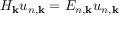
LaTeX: H _ { \mathbf { k } } u _ { n , \mathbf { k } } = E _ { n , \mathbf { k } } u _ { n , \mathbf { k } }